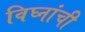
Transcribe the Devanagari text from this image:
विघ्नांची